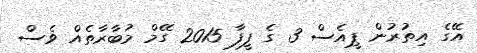
އޭގެ އިތުރުން ޕީއެސް 3 ގެ ފީފާ 2015 ގޭމް މުބާރާތެއް ވެސް